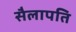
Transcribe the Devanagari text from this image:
सैलापति